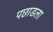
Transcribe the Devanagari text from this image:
पछाडला